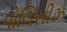
પોલિસીઝ